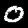
Digit: 0